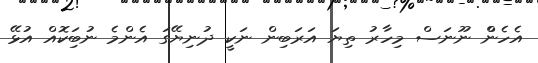
އެހެންް ނޫނަސް މިހާރު ތިޔަ އަރަބިން ނަކީީ ދުނިޔޭގަ އެންމެ ނުބަިކޮއް އުޅޭ